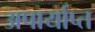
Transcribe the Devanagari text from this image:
अपार्याप्त